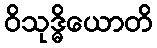
ဝိသုဒ္ဓိယောတိ